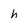
Character: h